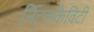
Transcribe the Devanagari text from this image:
निटलकैविटी